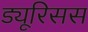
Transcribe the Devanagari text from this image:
ड्यूरिसस